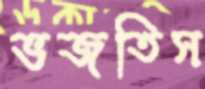
ভজতিস